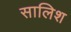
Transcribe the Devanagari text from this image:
सालिश